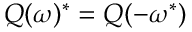
Q ( \omega ) ^ { * } = Q ( - \omega ^ { * } )